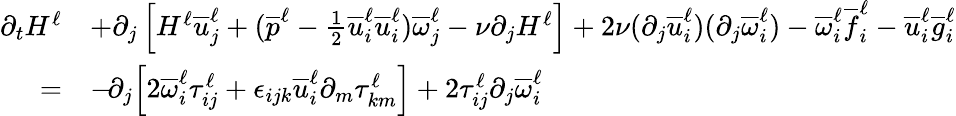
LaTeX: \begin{array}{rl}{\partial_{t}H^{\ell}}&{+\partial_{j}\left[H^{\ell}\overline{{u}}_{j}^{\ell}+(\overline{{p}}^{\ell}-\frac{1}{2}\overline{{u}}_{i}^{\ell}\overline{{u}}_{i}^{\ell})\overline{{\omega}}_{j}^{\ell}-\nu\partial_{j}H^{\ell}\right]+2\nu(\partial_{j}\overline{{u}}_{i}^{\ell})(\partial_{j}\overline{{\omega}}_{i}^{\ell})-\overline{{\omega}}_{i}^{\ell}\overline{{f}}_{i}^{\ell}-\overline{{u}}_{i}^{\ell}\overline{{g}}_{i}^{\ell}}\\ {=}&{-\! \partial_{j}\! \left[2\overline{{\omega}}_{i}^{\ell}\tau_{ij}^{\ell}+\epsilon_{ijk}\overline{{u}}_{i}^{\ell}\partial_{m}\tau_{km}^{\ell}\right]+2\tau_{ij}^{\ell}\partial_{j}\overline{{\omega}}_{i}^{\ell}}\end{array}